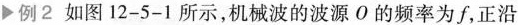
例2如图12-5-1所示，机械波的波源O的频率为f，正沿